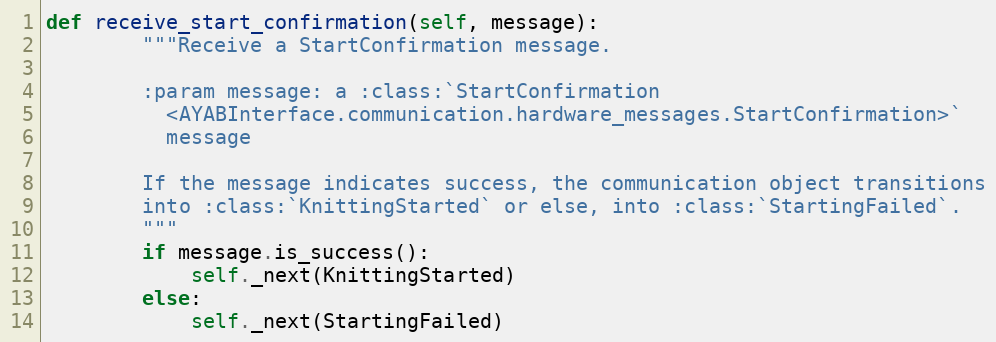
Language: Python
def receive_start_confirmation(self, message):
        """Receive a StartConfirmation message.

        :param message: a :class:`StartConfirmation
          <AYABInterface.communication.hardware_messages.StartConfirmation>`
          message

        If the message indicates success, the communication object transitions
        into :class:`KnittingStarted` or else, into :class:`StartingFailed`.
        """
        if message.is_success():
            self._next(KnittingStarted)
        else:
            self._next(StartingFailed)